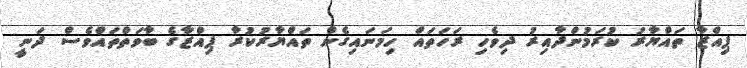
ޕިއްޒާ ތައްޔާރު ކުރަމުންދާއިރު ދިވެހި ރަހަތައް ހިމަނައިގެން ތައްޔާރުކުރާ ޕިއްޒާގެ ބާވަތްތައްވެސް ދަނީ